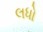
લધો